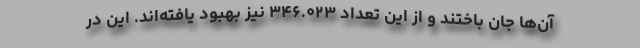
آن‌ها جان باختند و از این تعداد ۳۴۶.۰۲۳ نیز بهبود یافته‌اند. این در